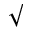
\surd